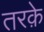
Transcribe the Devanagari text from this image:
तरक़े